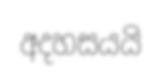
අදහසයයි